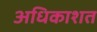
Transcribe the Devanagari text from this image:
अधिकाशत